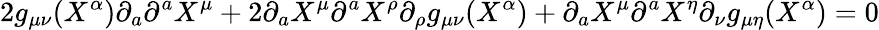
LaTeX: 2g_{\mu\nu}(X^{\alpha})\partial_{a}\partial^{a}X^{\mu}+2\partial_{a}X^{\mu}\partial^{a}X^{\rho}\partial_{\rho}g_{\mu\nu}(X^{\alpha})+\partial_{a}X^{\mu}\partial^{a}X^{\eta}\partial_{\nu}g_{\mu\eta}(X^{\alpha})=0